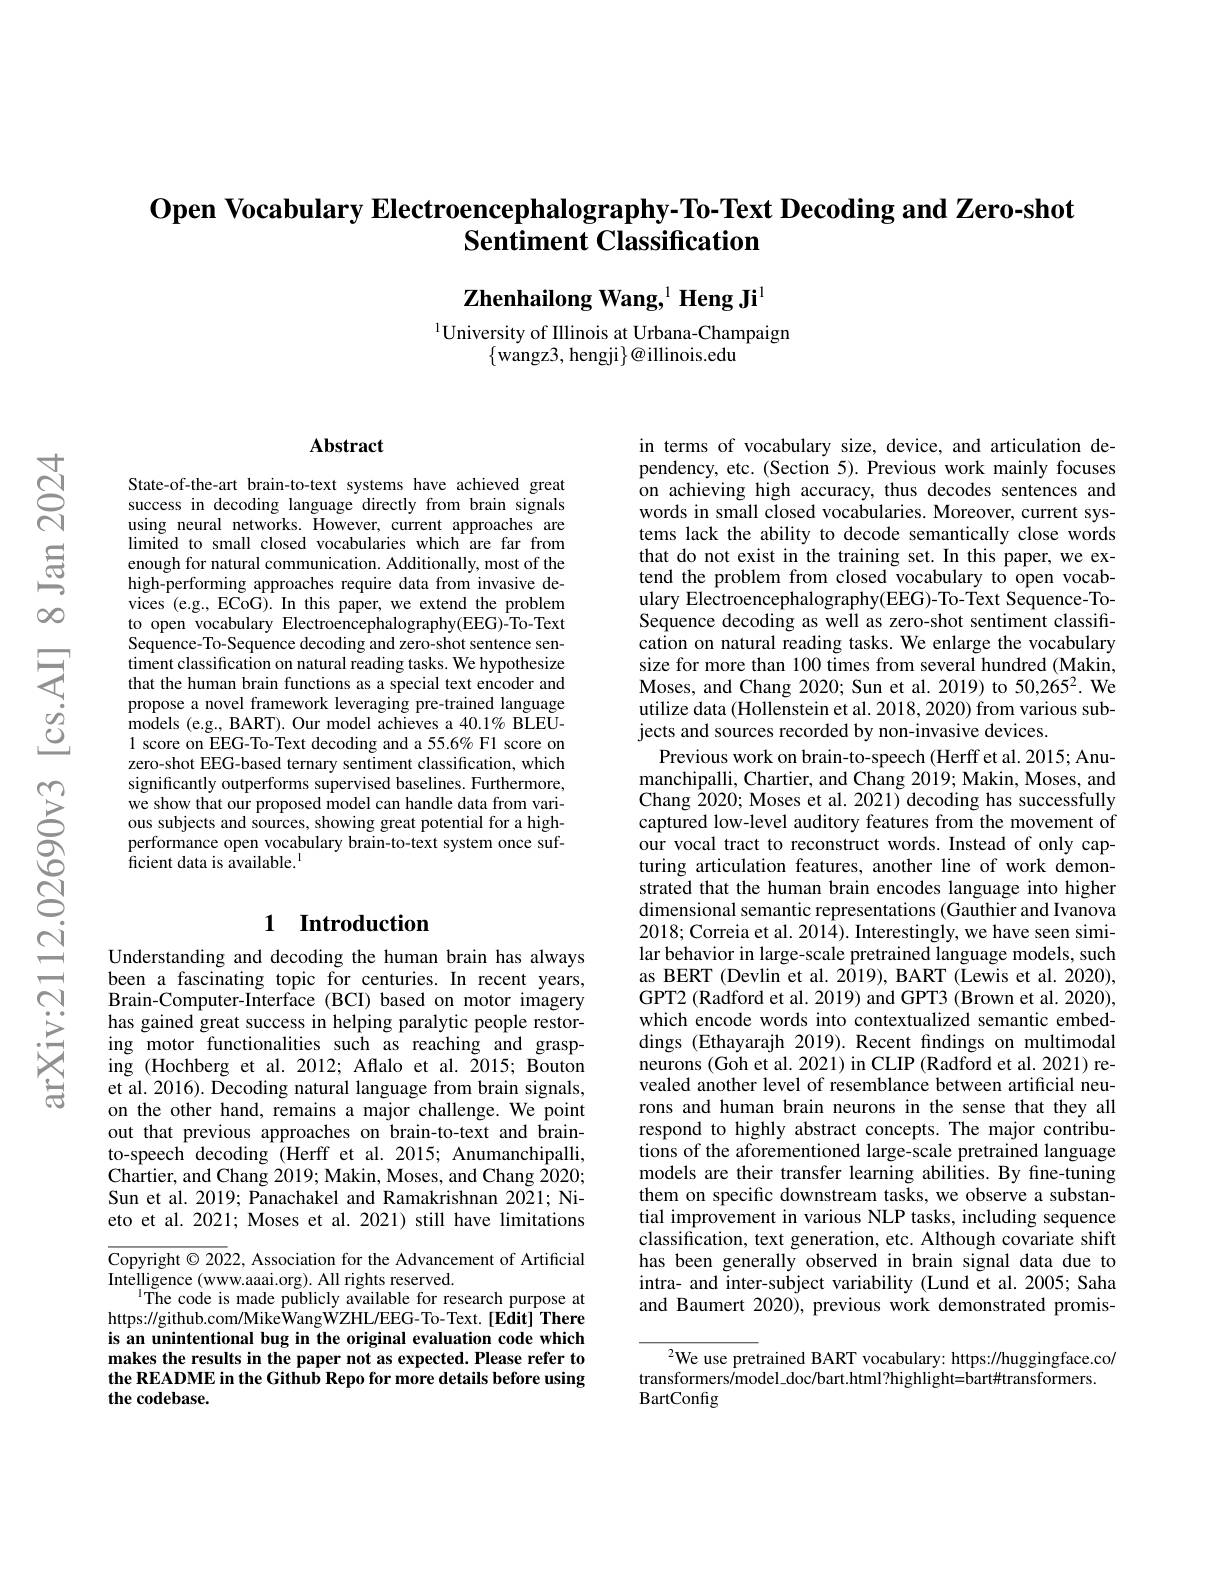
$\textbf{Open Vocabulary Electroencephalography- To- Text Decoding and Zero- shot}$
Sentiment Classification

$\mathbf{Zhenhailong~Wang,}^{1}\mathbf{Heng~Ji}^{1}$

$^{1}$University of Illinois at Urbana-Champaign
$\{$wangz3, hengji$\}@$illinois.edu

## Abstract

State-of-the-art brain-to-text systems have achieved great success in decoding language directly from brain signals using neural networks. However, current approaches are limited to small closed vocabularies which are far from enough for natural communication. Additionally, most of the high-performing approaches require data from invasive devices (e.g., ECoG). In this paper, we extend the problem to open vocabulary Electroencephalography(EEG)-To-Text Sequence- To- Sequence decoding and zero-shot sentence sentiment classification on natural reading tasks. We hypothesize that the human brain functions as a special text encoder and propose a novel framework leveraging pre-trained language models (e.g., BART). Our model achieves a 40.1% BLEU- 1 score on EEG-To-Text decoding and a 55.6% F1 score on zero-shot EEG-based ternary sentiment classification, which significantly outperforms supervised baselines. Furthermore, we show that our proposed model can handle data from various subjects and sources, showing great potential for a highperformance open vocabulary brain-to-text system once suf- $\dot{\text{ficient data is available.}}$

## 1 $\textbf{Introduction}$

Understanding and decoding the human brain has always been a fascinating topic for centuries. In recent years, Brain-Computer-Interface (BCI) based on motor imagery has gained great success in helping paralytic people restoring motor functionalities such as reaching and grasping (Hochberg et al. 2012; Aflalo et al. $\tilde{2}015;\tilde{\text{Bouton}}$ et al. 2016). Decoding natural language from brain signals, on the other hand, remains a major challenge. We point out that previous approaches on brain-to-text and brainto-speech decoding (Herff et al.2015; Anumanchipalli, Chartier, and Chang 2019; Makin, Moses, and Chang 2020; Sun et al. 2019; Panachakel and Ramakrishnan 2021; Nieto et al. 2021; Moses et al. 2021) still have limitations

$\overline{\text{Copyright©20}}$22, Association for the Advancement of Artificial
Intelligence (www.aaai.org). All rights reserved.
$^{\mathrm{l}}$The code is made publicly available for research purpose at https://github.com/MikeWangWZHL/EEG-To-Text.[Edit] There is an unintentional bug in the original evaluation code which makes the results in the paper not as expected. Please refer to the README in the Github Repo for more details before using the codebase.

in terms of vocabulary size, device, and articulation dependency, etc. (Section 5). Previous work mainly focuses on achieving high accuracy, thus decodes sentences and words in small closed vocabularies. Moreover, current systems lack the ability to decode semantically close words that do not exist in the training set. In this paper, we extend the problem from closed vocabulary to open vocab- $\hat{\text{ulary Electroencephalography(EEG)-To-Text Sequence-To-}}$ Sequence decoding as well as zero-shot sentiment classification on natural reading tasks. We enlarge the vocabulary size for more than 100 times from several hundred (Makin, Moses, and Chang 2020; Sun et al. 2019) to 50,2652. We utilize data (Hollenstein et al. 2018, 2020) from various subjects and sources recorded by non-invasive devices.
Previous work on brain-to-speech (Herff et al.2015; Anumanchipalli, Chartier, and Chang 2019; Makin, Moses, and Chang 2020; Moses et al. 2021) decoding has successfully captured low-level auditory features from the movement of our vocal tract to reconstruct words. Instead of only capturing articulation features, another line of work demonstrated that the human brain encodes language into higher dimensional semantic representations (Gauthier and Ivanova 2018; Correia et al. 201$\hat{4}).$ Interestingly, we have seen similar behavior in large-scale pretrained language models, such as BERT (Devlin et al. 2019), BART (Lewis et al. 2020), GPT2 (Radford et al. 2019) and GPT3 (Brown et al. 2020), which encode words into contextualized semantic embeddings (Ethayarajh 2019). Recent findings on multimodal neurons (Goh et al. 2021) in CLIP (Radford et al. 2021) revealed another level of resemblance between artificial neurons and human brain neurons in the sense that they all respond to highly abstract concepts. The major contributions of the aforementioned large-scale pretrained language models are their transfer learning abilities. By fine-tuning them on specific downstream tasks, we observe a substantial improvement in various NLP tasks, including sequence classification, text generation, etc. Although covariate shift has been generally observed in brain signal data due to intra- and inter-subject variability (Lund et al.2005; Saha and Baumert 2020), previous work demonstrated promis-

${^{2}\text{We use pretrained BART vocabulary: https://huggingface.co/}}$
$transformers/model\_doc/bart.html?highlight=bart transformers.$
BartConfig